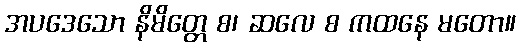
အပဒေသော နိမိတ္တေ စ၊ ဆလေ စ ကထနေ မတော။